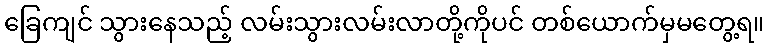
ခြေကျင် သွားနေသည့် လမ်းသွားလမ်းလာတို့ကိုပင် တစ်ယောက်မှမတွေ့ရ။